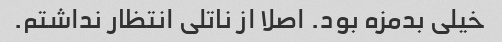
خیلی بدمزه بود. اصلا از ناتلی انتظار نداشتم.